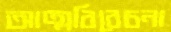
আত্মবিবেচনা